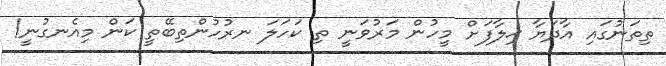
ތިތަނުގައި އާދަޔާ ޚިލާފަށް މީހުން މަރުވަނީ ތި ކަހަލަ ނރުހުންތިބޭތީ ކަން މިއެނގުނީ!